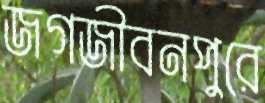
জগজীবনপুরে